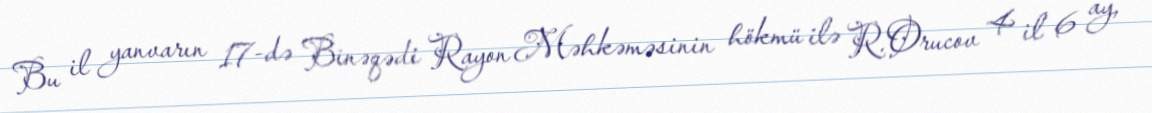
Bu il yanvarın 17-də Binəqədi Rayon Məhkəməsinin hökmü ilə R.Orucov 4 il 6 ay,